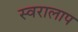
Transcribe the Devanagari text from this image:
स्वरालाप